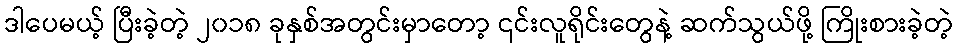
ဒါပေမယ့် ပြီးခဲ့တဲ့ ၂၀၁၈ ခုနှစ်အတွင်းမှာတော့ ၎င်းလူရိုင်းတွေနဲ့ ဆက်သွယ်ဖို့ ကြိုးစားခဲ့တဲ့